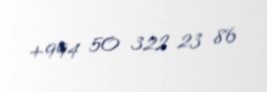
+994 50 322 23 86